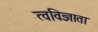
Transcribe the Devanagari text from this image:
त्वविज्ञाता